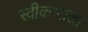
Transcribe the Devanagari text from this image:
स्वीकाराला